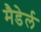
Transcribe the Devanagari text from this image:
मैडेर्ल